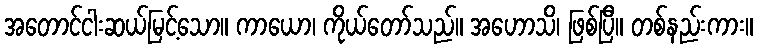
အတောင်ငါးဆယ်မြင့်သော။ ကာယော၊ ကိုယ်တော်သည်။ အဟောသိ၊ ဖြစ်ပြီ။ တစ်နည်းကား။